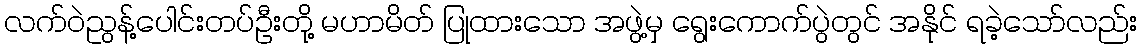
လက်ဝဲညွန့်ပေါင်းတပ်ဦးတို့ မဟာမိတ် ပြုထားသော အဖွဲ့မှ ရွေးကောက်ပွဲတွင် အနိုင် ရခဲ့သော်လည်း